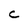
Character: C